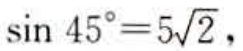
$\sin 45^{\circ}=5\sqrt{2}$